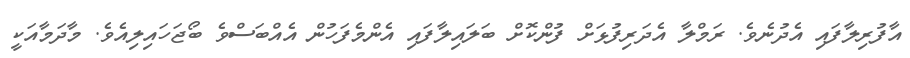
އާފުރިލާފައި އެދުނެވެ. ރަމްލާ އެދަރިފުޅަށް ފުންކޮށް ބަލައިލާފައި އެންމެފަހުން އެއްބަސްވެ ބޯޖަހައިލިއެވެ. މާދަމާއަކީ